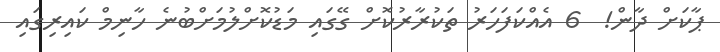
ޕާކަށް ދާން!  6 އެއްކަފަހަރު ތަކުރާރުކޮށް ގޭގައި މަޑުކޮށްލުމަށްބުނެ ހާނިމް ކައިރިގައި